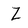
Character: Z